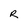
Character: R